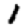
Digit: 1